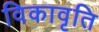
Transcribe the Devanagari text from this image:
विकावृति